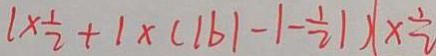
1 \times \frac { 1 } { 2 } + 1 \times ( \vert b \vert - \vert - \frac { 1 } { 2 } \vert ) ( \times \frac { 1 } { 2 }